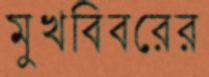
মুখবিবরের